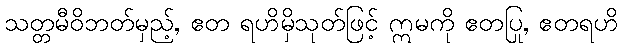
သတ္တမီဝိဘတ်မှည့်, ဧတ ရဟိမှိသုတ်ဖြင့် ဣမကို ဧတပြု, ဧတရဟိ